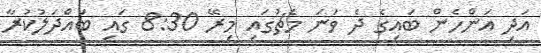
އަދި އަންހެން ބައިގެ ދެ ވަނަ މެޗުގައި މިރޭ 8:30 ގައި ބައްދަލުކުރާ